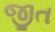
જીત